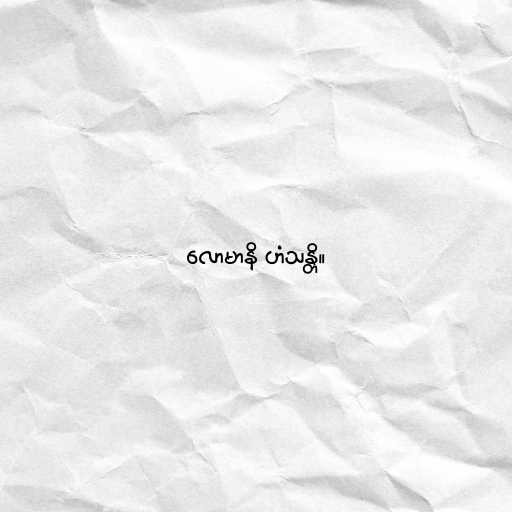
လောမာနိ ဟံသန္တိ။